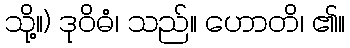
သို့။) ဒုဝိဓံ၊ သည်။ ဟောတိ၊ ၏။